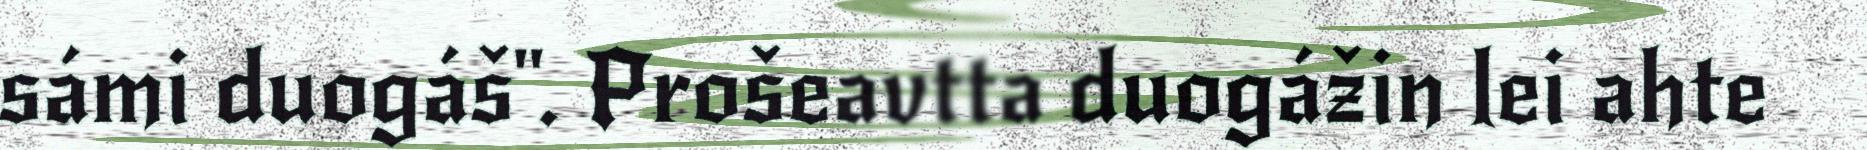
sámi duogáš". Prošeavtta duogážin lei ahte